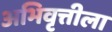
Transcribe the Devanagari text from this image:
अभिवृत्तीला